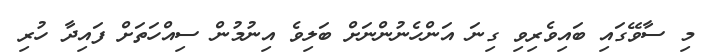
މި ސާވޭގައި ބައިވެރިވި ގިނަ އަންހެނުންނަށް ބަލިވެ އިނުމުން ސިއްހަތަށް ފައިދާ ހުރި